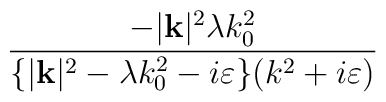
\frac{-|\mathbf{k}|^{2}\lambda k_{0}^{2}}{\{|\mathbf{k}|^{2}-\lambda k_{0}^{2}-i\varepsilon \}(k^{2}+i\varepsilon )}